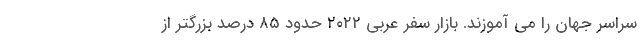
سراسر جهان را می آموزند. بازار سفر عربی ۲۰۲۲ حدود ۸۵ درصد بزرگتر از